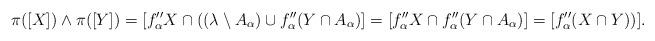
LaTeX: \begin{align*} \pi([X])\wedge \pi([Y])= [f_\alpha'' X\cap ((\lambda\setminus A_\alpha)\cup f_\alpha''(Y\cap A_\alpha)] = [f_\alpha'' X \cap f''_\alpha(Y\cap A_\alpha)]= [f_\alpha'' (X\cap Y))].\end{align*}